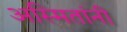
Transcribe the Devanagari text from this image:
अस्मितांनी